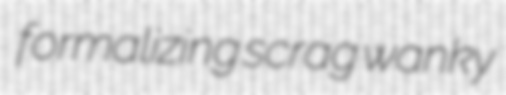
formalizing scrag wanky